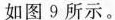
如图9所示。